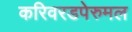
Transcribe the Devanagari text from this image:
करिवरडपेरुमल